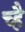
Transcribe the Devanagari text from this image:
च्है